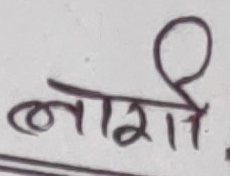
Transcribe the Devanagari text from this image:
लागि